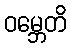
ဝမ္ဘေတိ